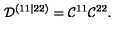
{ \cal D } ^ { ( 1 1 | 2 2 ) } = { \cal C } ^ { 1 1 } { \cal C } ^ { 2 2 } .